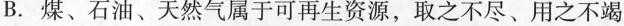
B.煤、石油、天然气属于可再生资源，取之不尽、用之不竭